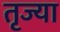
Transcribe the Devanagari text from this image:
तृज्या